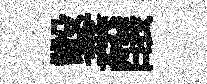
鑿醸